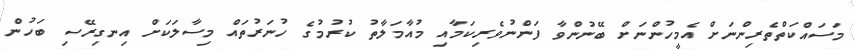
މަސައްކަތްތެރިންނަށް އެމީހުންނަށް ބޭނުންވާ ފަންނުވެރިކަމާއި މުއާމަލާތު ކުރުމުގެ ހުނަރުތައް މިސާލަކަށް އިނގިރޭސި ބަހުން